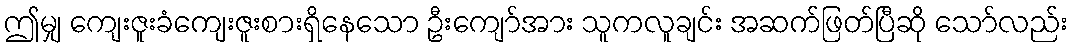
ဤမျှ ကျေးဇူးခံကျေးဇူးစားရှိနေသော ဦးကျော်အား သူကလူချင်း အဆက်ဖြတ်ပြီဆို သော်လည်း